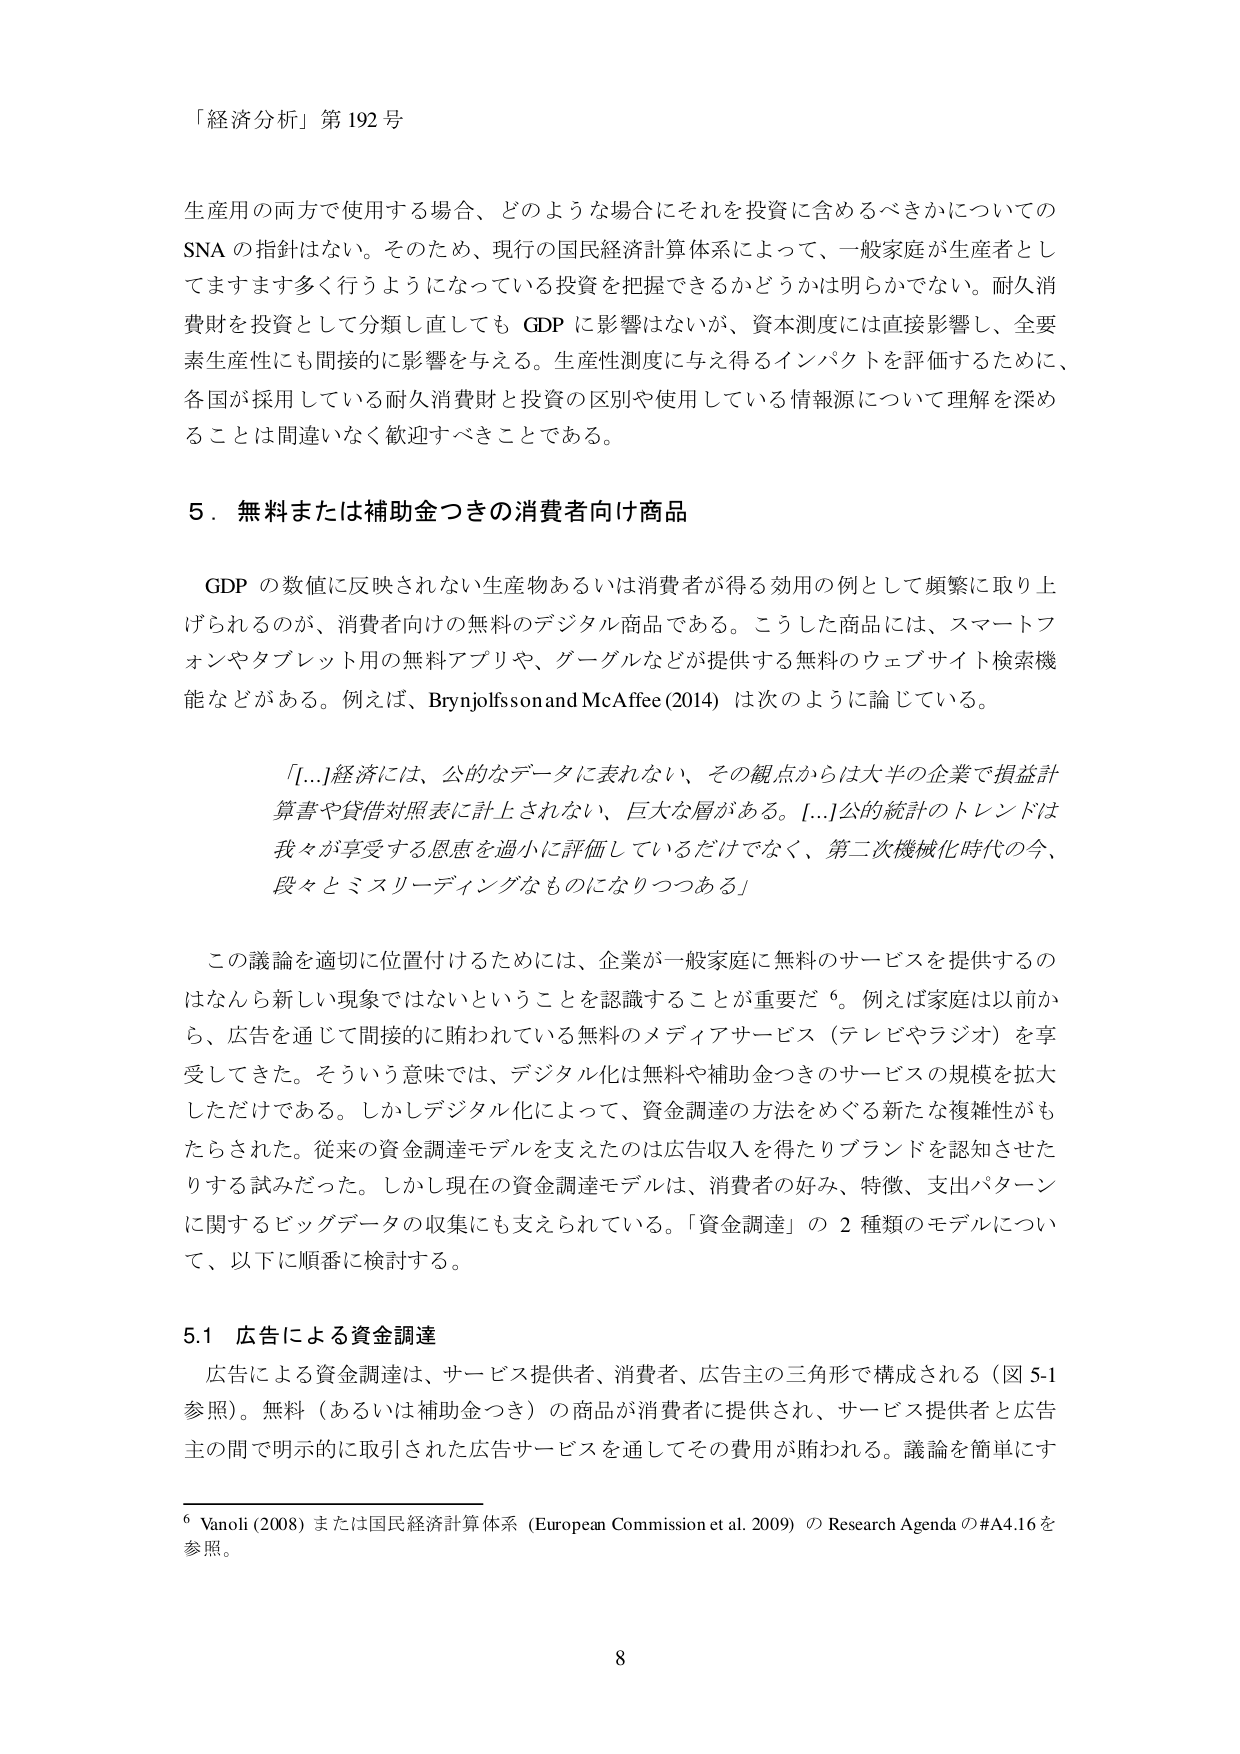
「経済分析」第192号

生産用の両方で使用する場合、どのような場合にそれを投資に含めるべきかについてのSNAの指針はない。そのため、現行の国民経済計算体系によって、一般家庭が生産者としてますます多く行うようになっている投資を把握できるかどうかは明らかでない。耐久消費財を投資として分類し直してもGDPに影響はないが、資本測度には直接影響し、全要素生産性にも間接的に影響を与える。生産性測度に与え得るインパクトを評価するために、各国が採用している耐久消費財と投資の区別や使用している情報源について理解を深めることは間違いなく歓迎すべきことである。

5．無料または補助金つきの消費者向け商品

GDPの数値に反映されない生産物あるいは消費者が得る効用の例として頻繁に取り上げられるのが、消費者向けの無料のデジタル商品である。こうした商品には、スマートフォンやタブレット用の無料アプリや、グーグルなどが提供する無料のウェブサイト検索機能などがある。例えば、Brynjolfsson and McAfee (2014) は次のように論じている。

「[...]経済には、公的なデータに表れない、その観点からは大半の企業で損益計算書や貸借対照表に計上されない、巨大な層がある。[...]公的統計のトレンドは我々が享受する恩恵を過小に評価しているだけではなく、第二次機械化時代の今、段々とミスリーディングなものになりつつある」

この議論を適切に位置付けるためには、企業が一般家庭に無料のサービスを提供するのはなんら新しい現象ではないということを認識することが重要だ⁶。例えば家庭は以前から、広告を通じて間接的に賄われている無料のメディアサービス（テレビやラジオ）を享受してきた。そういう意味では、デジタル化は無料や補助金つきのサービスの規模を拡大しただけである。しかしデジタル化によって、資金調達の方法をめぐる新たな複雑性がもたらされた。従来の資金調達モデルを支えたのは広告収入を得たりブランドを認知させたりする試みだった。しかし現在の資金調達モデルは、消費者の好み、特徴、支出パターンに関するビッグデータの収集にも支えられている。「資金調達」の2種類のモデルについて、以下に順番に検討する。

5.1 広告による資金調達

広告による資金調達は、サービス提供者、消費者、広告主の三角形で構成される（図5-1参照）。無料（あるいは補助金つき）の商品が消費者に提供され、サービス提供者と広告主の間で明示的に取引された広告サービスを通してその費用が賄われる。議論を簡単にす

⁶ Vanoli (2008) または国民経済計算体系 (European Commission et al. 2009) のResearch Agenda の#A4.16を参照。

8